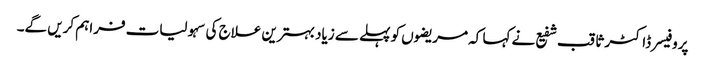
پروفیسر ڈاکٹر ثاقب شفیع نے کہا کہ مریضوں کو پہلے سے زیاد بہترین علاج کی سہولیات فراہم کریں گے۔